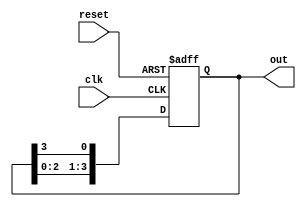
module ring_counter #(
    parameter N = 4  // Number of flip-flops
) (
    input wire clk,          // Clock input
    input wire reset,        // Asynchronous reset
    output reg [N-1:0] out   // Output of the ring counter
);

    // Initial state for the ring counter
    initial begin
        out = 1'b1; // Start with the first flip-flop set to '1'
    end

    // Always block for synchronous operation
    always @(posedge clk or posedge reset) begin
        if (reset) begin
            out <= 1'b1; // Reset to initial state
        end else begin
            // Shift the '1' to the right
            out <= {out[N-2:0], out[N-1]}; // Move the '1' to the right
        end
    end

endmodule